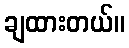
ချထားတယ်။